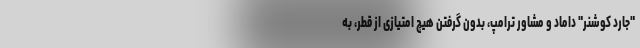
"جارد کوشنر" داماد و مشاور ترامپ، بدون گرفتن هیچ امتیازی از قطر، به